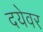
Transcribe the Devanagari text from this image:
दयेवर